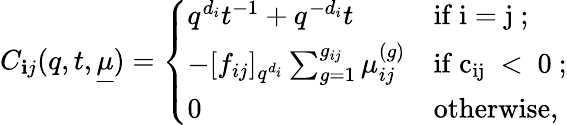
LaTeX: C_{\mathbf{i}j}(q,t,\underline{{{\mu}}})=\left\{ \begin{array}{ll}{q^{d_{i}}t^{-1}+q^{-d_{i}}t}&{\mathrm{if~i=j~};}\\ {-[f_{ij}]_{q^{d_{i}}}\sum_{g=1}^{g_{ij}}\mu_{ij}^{(g)}}&{\mathrm{if~c_{ij}~<~0~};}\\ {0}&{\mathrm{otherwise},}\end{array}\right.